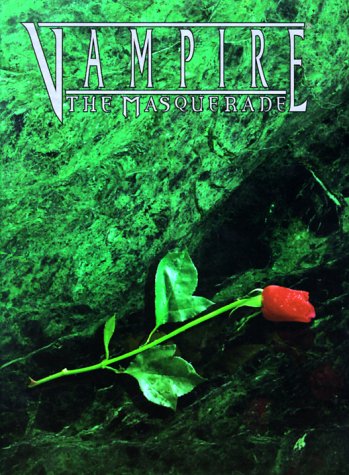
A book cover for Vampire: The Masquerade; Richard Dansky; Science Fiction & Fantasy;